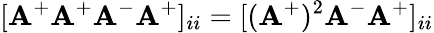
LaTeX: [\mathbf{A}^{+}\mathbf{A}^{+}\mathbf{A}^{-}\mathbf{A}^{+}]_{ii}=[(\mathbf{A}^{+})^{2}\mathbf{A}^{-}\mathbf{A}^{+}]_{ii}